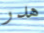
هدر